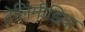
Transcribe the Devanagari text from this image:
टेलिमीडिया